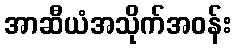
အာဆီယံအသိုက်အဝန်း